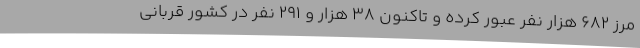
مرز 682 هزار نفر عبور کرده و تاکنون 38 هزار و 291 نفر در کشور قربانی